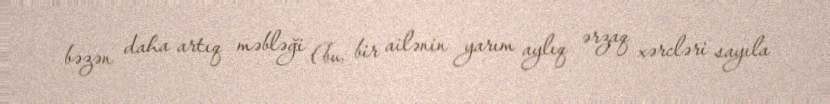
bəzən daha artıq məbləği (bu, bir ailənin yarım aylıq ərzaq xərcləri sayıla